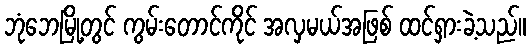
ဘုံဘေမြို့တွင် ကွမ်းတောင်ကိုင် အလှမယ်အဖြစ် ထင်ရှားခဲ့သည်။